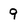
Character: 9